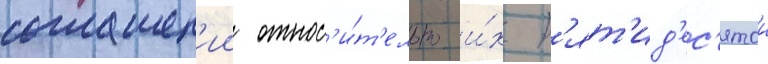
соглашен'ии относ'и́т'ельно и́х п'ят'ид'ес'ятои